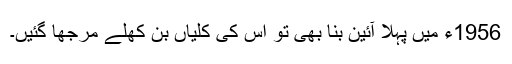
1956ء میں پہلا آئین بنا بھی تو اُس کی کلیاں بن کھلے مرجھا گئیں۔